Report of the Indian Hemp Drugs Commission, 1894-1895 - Volume IV
Year: 1894
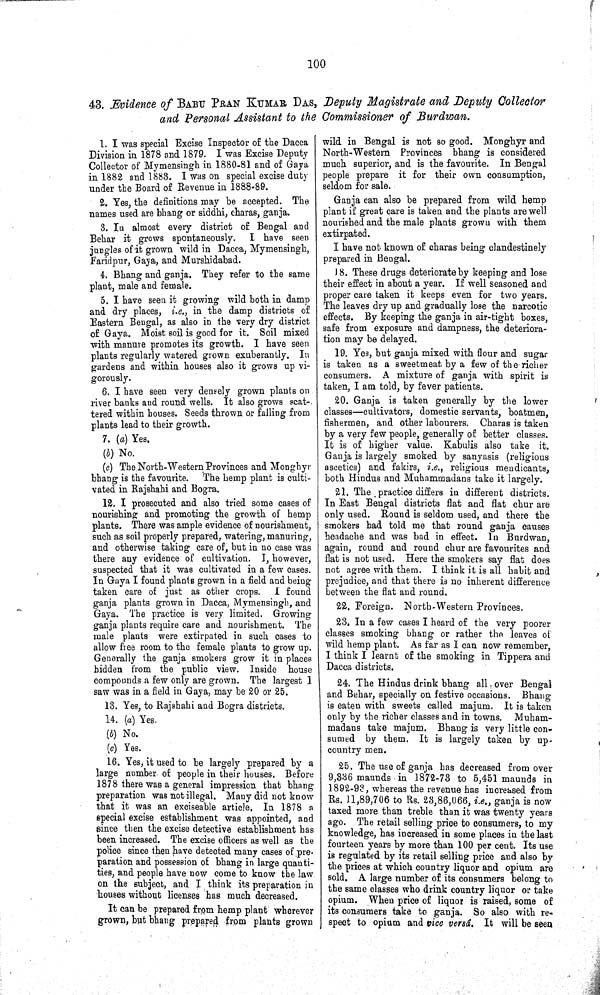
100
43. Evidence of BABU PRAN KUMAR DAS, Deputy Magistrate and Deputy Collector
and Personal Assistant to the Commissioner of Burdwan.
1. I was special Excise Inspector of the Dacca
Division in 1878 and 1879. I was Excise Deputy
Collector of Mymensingh in 1880-81 and of Gaya
in 1882 and 1883. I was on special excise duty
under the Board of Revenue in 1888-89.
2. Yes, the definitions may be accepted. The
names used are bhang or siddhi, charas, ganja.
3. In almost every district of Bengal and
Behar it grows spontaneously. I have seen
jungles of it grown wild in Dacca, Mymensingh,
Faridpur, Gaya, and Murshidabad.
4. Bhang and ganja. They refer to the same
plant, male and female.
5. I have seen it growing wild both in damp
and dry places, i.e., in the damp districts of
Eastern Bengal, as also in the very dry district
of Gaya. Moist soil is good for it. Soil mixed
with manure promotes its growth. I have seen
plants regularly watered grown exuberantly. In
gardens and within houses also it grows up vi¬
gorously.
6. I have seen very densely grown plants on
river banks and round wells. It also grows scat-
tered within houses. Seeds thrown or falling from
plants lead to their growth.
7. (a) Yes.
(b) No.
(c) The North-Western Provinces and Monghyr
bhang is the favourite. The hemp plant is culti¬
vated in Rajshahi and Bogra.
12. I prosecuted and also tried some cases of
nourishing and promoting the growth of hemp
plants. There was ample evidence of nourishment,
such as soil properly prepared, watering, manuring,
and otherwise taking care of, but in no case was
there any evidence of cultivation. I, however,
suspected that it was cultivated in a few cases.
In Gaya I found plants grown in a field and being
taken care of just as other crops. I found
ganja plants grown in Dacca, Mymensingh, and
Gaya. The practice is very limited. Growing
ganja plants require care and nourishment. The
male plants were extirpated in such cases to
allow free room to the female plants to grow up.
Generally the ganja smokers grow it in places
hidden from the public view. Inside house
compounds a few only are grown. The largest I
saw was in a field in Gaya, may be 20 or 25.
13. Yes, to Rajshahi and Bogra districts.
14. (a) Yes.
(b) No.
(c) Yes.
16. Yes, it used to be largely prepared by a
large number of people in their houses. Before
1878 there was a general impression that bhang
preparation was not illegal. Many did not know
that it was an exciseable article. In 1878 a
special excise establishment was appointed, and
since then the excise detective establishment has
been increased. The excise officers as well as the
police since then have detected many cases of pre¬
paration and possession of bhang in large quanti¬
ties, and people have now come to know the law
on the subject, and I think its preparation in
houses without licenses has much decreased.
It can be prepared from hemp plant wherever
grown, but bhang prepared from plants grown
wild in Bengal is not so good. Monghyr and
North-Western Provinces bhang is considered
much superior, and is the favourite. In Bengal
people prepare it for their own consumption,
seldom for sale.
Ganja can also be prepared from wild hemp
plant if great care is taken and the plants are well
nourished and the male plants grown with them
extirpated.
I have not known of charas being clandestinely
prepared in Bengal.
18. These drugs deteriorate by keeping and lose
their effect in about a year. If well seasoned and
proper care taken it keeps even for two years.
The leaves dry up and gradually lose the narcotic
effects. By keeping the ganja in air-tight boxes,
safe from exposure and dampness, the deteriora¬
tion may be delayed.
19. Yes, but ganja mixed with flour and sugar
is taken as a sweetmeat by a few of the richer
consumers. A mixture of ganja with spirit is
taken, I am told, by fever patients.
20. Ganja is taken generally by the lower
classes—cultivators, domestic servants, boatmen,
fishermen, and other labourers. Charas is taken
by a very few people, generally of better classes.
It is of higher value. Kabulis also take it.
Ganja is largely smoked by sanyasis (religious
ascetics) and fakirs, i.e., religious mendicants,
both Hindus and Muhammadans take it largely.
21. The practice differs in different districts.
In East Bengal districts flat and flat chur are
only used. Round is seldom used, and there the
smokers had told me that round ganja causes
headache and was bad in effect. In Burdwan,
again, round and round chur are favourites and
flat is not used. Here the smokers say flat does
not agree with them. I think it is all habit and
prejudice, and that there is no inherent difference
between the flat and round.
22. Foreign. North-Western Provinces.
23. In a few cases I heard of the very poorer
classes smoking bhang or rather the leaves of
wild hemp plant. As far as I can now remember,
I think I learnt of the smoking in Tippera and
Dacca districts.
24. The Hindus drink bhang all over Bengal
and Behar, specially on festive occasions. Bhang
is eaten with sweets called majum. It is taken
only by the richer classes and in towns. Muham¬
madans take majum. Bhang is very little con¬
sumed by them. It is largely taken by up.
country men.
25. The use of ganja has decreased from over
9,336 maunds in 1872-73 to 5,451 maunds in
1892-93, whereas the revenue has increased from
Rs. 11,89,706 to Rs. 23,86,066, i.e., ganja is now
taxed more than treble than it was twenty years
ago. The retail selling price to consumers, to my
knowledge, has increased in some places in the last
fourteen years by more than 100 per cent. Its use
is regulated by its retail selling price and also by
the prices at which country liquor and opium are
sold. A large number of its consumers belong to
the same classes who drink country liquor or take
opium. When price of liquor is raised, some of
its consumers take to ganja. So also with re-
spect to opium and vice versá. It will be seen